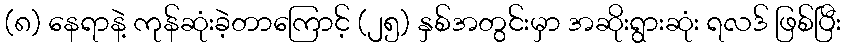
(၈) နေရာနဲ့ ကုန်ဆုံးခဲ့တာကြောင့် (၂၅) နှစ်အတွင်းမှာ အဆိုးရွားဆုံး ရလဒ် ဖြစ်ပြီး